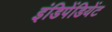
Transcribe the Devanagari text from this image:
इंडिपेंडियेंट